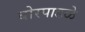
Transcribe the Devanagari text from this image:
बोरपाडळे